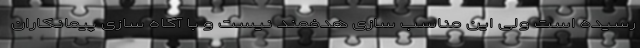
رسیده است ولی این مناسب سازی هدفمند نیست و با آگاه سازی پیمانکاران